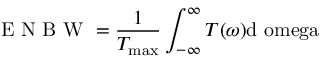
\textrm { E N B W } = \frac { 1 } { T _ { \mathrm { { m a x } } } } \int _ { - \infty } ^ { \infty } { T ( \omega ) \mathrm { { d } \ o m e g a } }